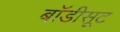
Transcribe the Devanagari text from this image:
बाॅडीसूट